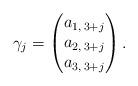
LaTeX: \begin{align*} \gamma_{j}=\begin{pmatrix}a_{1,\,3+j}\\ a_{2,\,3+j} \\ a_{3,\,3+j} \end{pmatrix}.\end{align*}